Investigations on Bengal jail dietaries - Number 37
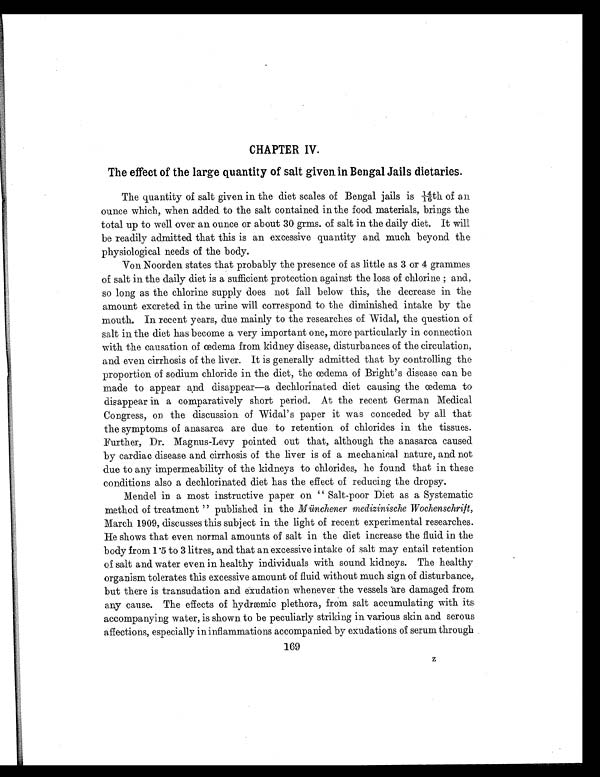
CHAPTER IV.
The effect of the large quantity of salt given in Bengal Jails dietaries.
The quantity of salt given in the diet scales of Bengal jails is 14/16th of an
ounce which, when added to the salt contained in the food materials, brings the
total up to well over an ounce or about 30 grms. of salt in the daily diet. It will
be readily admitted that this is an excessive quantity and much beyond the
physiological needs of the body.
Von Noorden states that probably the presence of as little as 3 or 4 grammes
of salt in the daily diet is a sufficient protection against the loss of chlorine ; and,
so long as the chlorine supply does not fall below this, the decrease in the
amount excreted in the urine will correspond to the diminished intake by the
mouth. In recent years, due mainly to the researches of Widal, the question of
salt in the diet has become a very important one, more particularly in connection
with the causation of œdema from kidney disease, disturbances of the circulation,
and even cirrhosis of the liver. It is generally admitted that by controlling the
proportion of sodium chloride in the diet, the œdema of Bright's disease can be
made to appear and disappear—a dechlorinated diet causing the œdema to
disappear in a comparatively short period. At the recent German Medical
Congress, on the discussion of Widal's paper it was conceded by all that
the symptoms of anasarca are due to retention of chlorides in the tissues.
Further, Dr. Magnus-Levy pointed out that, although the anasarca caused
by cardiac disease and cirrhosis of the liver is of a mechanical nature, and not
due to any impermeability of the kidneys to chlorides, he found that in these
conditions also a dechlorinated diet has the effect of reducing the dropsy.
Mendel in a most instructive paper on “ Salt-poor Diet as a Systematic
method of treatment ” published in the Münchener medizinische Wochenschrift,
March 1909, discusses this subject in the light of recent experimental researches.
He shows that even normal amounts of salt in the diet increase the fluid in the
body from 1. 5 to 3 litres, and that an excessive intake of salt may entail retention
of salt and water even in healthy individuals with sound kidneys. The healthy
organism tolerates this excessive amount of fluid without much sign of disturbance,
but there is transudation and exudation whenever the vessels are damaged from
any cause. The effects of hydræmic plethora, from salt accumulating with its
accompanying water, is shown to be peculiarly striking in various skin and serous
affections, especially in inflammations accompanied by exudations of serum through
169